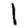
Digit: 1